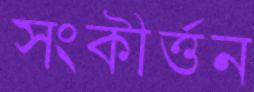
সংকীর্ত্তন